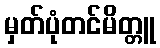
မှတ်ပုံတင်မိတ္တူ